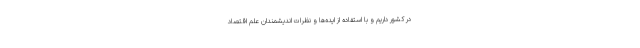
در کشور داریم و با استفاده از ایده‌ها و نظرات اندیشمندان علم اقتصاد